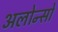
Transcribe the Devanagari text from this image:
अलोन्सों